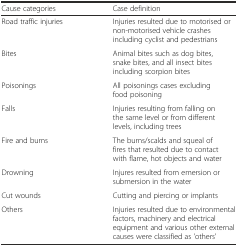
<table><thead><tr><td><b>Cause categories</b></td><td><b>Case definition</b></td></tr></thead><tbody><tr><td>Road traffic injuries</td><td>Injuries resulted due to motorised or non-motorised vehicle crashes including cyclist and pedestrians</td></tr><tr><td>Bites</td><td>Animal bites such as dog bites, snake bites, and all insect bites including scorpion bites</td></tr><tr><td>Poisonings</td><td>All poisonings cases excluding food poisoning</td></tr><tr><td>Falls</td><td>Injuries resulting from falling on the same level or from different levels, including trees</td></tr><tr><td>Fire and burns</td><td>The burns/scalds and squeal of fires that resulted due to contact with flame, hot objects and water</td></tr><tr><td>Drowning</td><td>Injures resulted from emersion or submersion in the water</td></tr><tr><td>Cut wounds</td><td>Cutting and piercing or implants</td></tr><tr><td>Others</td><td>Injuries resulted due to environmental factors, machinery and electrical equipment and various other external causes were classified as &#x27;others&#x27;</td></tr></tbody></table>